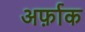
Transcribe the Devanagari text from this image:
अर्फ़ाक